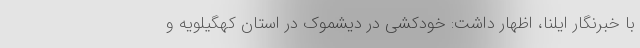
با خبرنگار ایلنا، اظهار داشت: خودکشی در دیشموک در استان کهگیلویه و